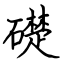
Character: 礎